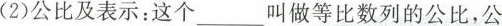
(2)公比及表示：这个___叫做等比数列的公比，公